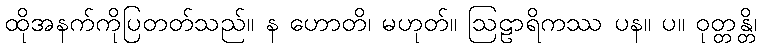
ထိုအနက်ကိုပြတတ်သည်။ န ဟောတိ၊ မဟုတ်။ ဩဠာရိကဿ ပန။ ပ။ ဝုတ္တန္တိ၊